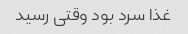
غذا سرد بود وقتی رسید